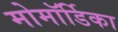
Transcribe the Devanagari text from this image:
मोमॉर्डिका